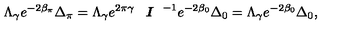
\Lambda _ { \gamma } e ^ { - 2 \beta _ { \pi } } \Delta _ { \pi } = \Lambda _ { \gamma } e ^ { 2 \pi \gamma } \textit { \textbf { I } } ^ { - 1 } e ^ { - 2 \beta _ { 0 } } \Delta _ { 0 } = \Lambda _ { \gamma } e ^ { - 2 \beta _ { 0 } } \Delta _ { 0 } ,